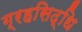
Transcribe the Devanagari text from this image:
ग्रहसिद्धि